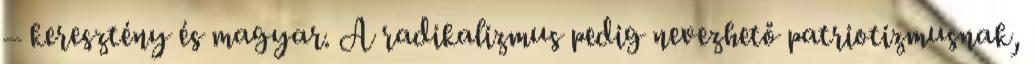
– keresztény és magyar. A radikalizmus pedig nevezhető patriotizmusnak,